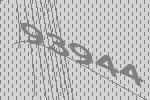
93944